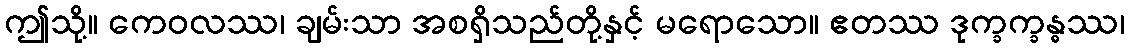
ဤသို့။ ကေဝလဿ၊ ချမ်းသာ အစရှိသည်တို့နှင့် မရောသော။ ဧတဿ ဒုက္ခက္ခန္ဓဿ၊